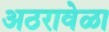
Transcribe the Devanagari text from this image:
अठरावेळा